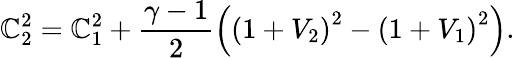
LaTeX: \mathbb{C}_{2}^{2}=\mathbb{C}_{1}^{2}+\frac{{\gamma-1}}{{2}}\left(\left(1+V_{2}\right)^{2}-\left(1+V_{1}\right)^{2}\right).